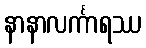
နာနာလင်္ကာရဿ